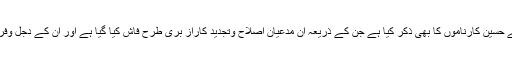
اور اس میں ان علمائے سلف کی جہود ومساعی اوران کے حسین کارناموں کا بھی ذکر کیا ہے جن کے ذریعہ ان مدعیانِ اصلاح وتجدید کاراز بری طرح فاش کیا گیا ہے اور ان کے دجل وفریب سے سنت مطہرہ محفوظ ومصون ہوکر رہ گئی ہے ۔